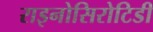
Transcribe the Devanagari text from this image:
राइनोसिरोटिडी